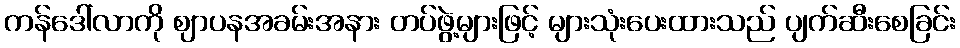
ကန်ဒေါ်လာကို ဈာပနအခမ်းအနား တပ်ဖွဲ့များဖြင့် များသုံးပေးထားသည် ပျက်ဆီးစေခြင်း